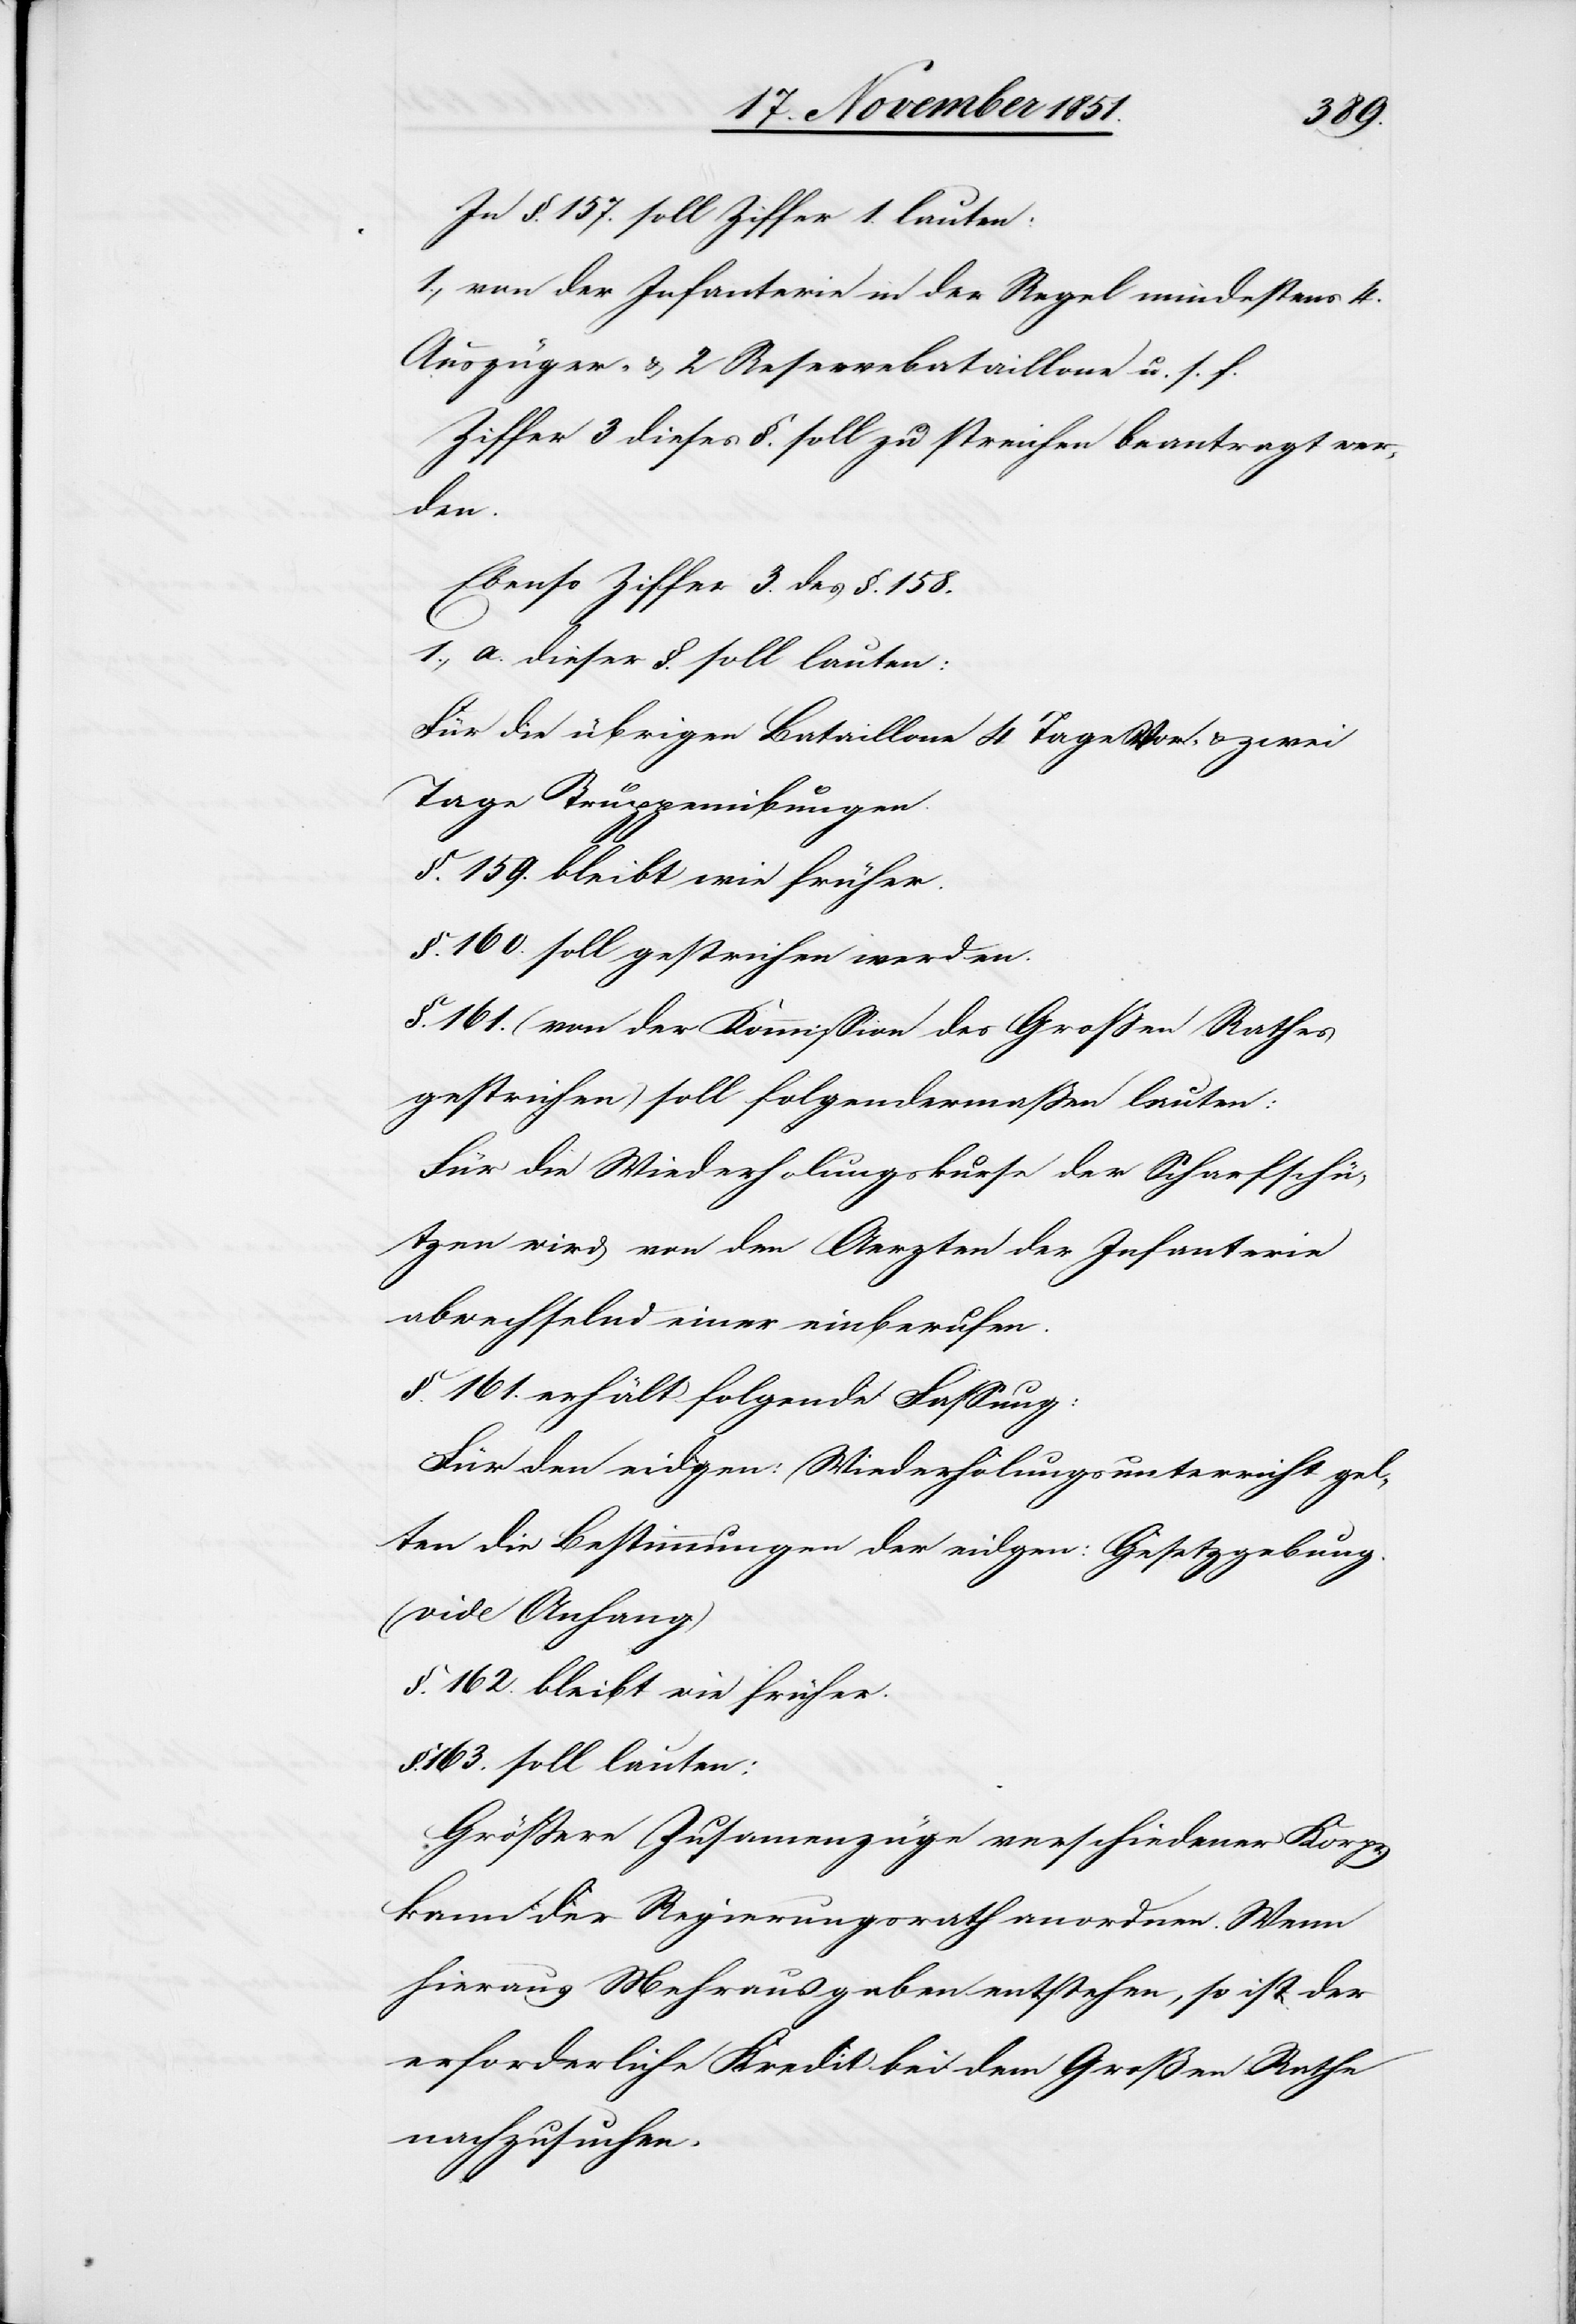
In §. 157. soll Ziffer 1. lauten:
1., von der Infanterie in der Regel mindestens 4.
Auszüger- & 2 Reservebataillone u. s. f.
Ziffer 3 dieses §. soll zu streichen beantragt wer¬
den.
Ebenso Ziffer 3. des §. 158.
1., a. dieser §. soll lauten:
Für die übrigen Bataillone 4 Tage Vor- & zwei
Tage Truppenübungen.
§. 159. bleibt wie früher.
§. 160. soll gestrichen werden.
§. 161. (von der Kommission des Großen Rathes
gestrichen) soll folgendermaßen lauten:
Für die Wiederholungskurse der Scharfschü¬
tzen wird von den Aerzten der Infanterie
abwechselnd einer einberufen.
§. 161. erhält folgende Fassung:
Für den eidgen: Wiederholungsunterricht gel¬
ten die Bestimmungen der eidgen: Gesetzgebung.
(vide Anhang)
§. 162. bleibt wie früher.
§. 163. soll lauten:
Größere Zusam[m]enzüge verschiedener Korps
kann der Regierungsrath anordnen. Wenn
hieraus Mehrausgaben entstehen, so ist der
erforderliche Kredit bei dem Großen Rathe
nachzusuchen.